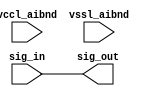
// SPDX-License-Identifier: Apache-2.0
// Copyright (C) 2019 Intel Corporation. All rights reserved
// Library - aibnd_lib, Cell - aibnd_signal_buf, View - schematic
// LAST TIME SAVED: Apr 19 23:59:52 2015
// NETLIST TIME: May 12 17:53:11 2015
// `timescale 1ns / 1ns 

module aibnd_signal_buf ( sig_out, sig_in, vccl_aibnd, vssl_aibnd );

output  sig_out;

input  sig_in, vccl_aibnd, vssl_aibnd;

wire sig_in, sig_out; // Conversion Sript Generated


// specify 
//     specparam CDS_LIBNAME  = "aibnd_lib";
//     specparam CDS_CELLNAME = "aibnd_signal_buf";
//     specparam CDS_VIEWNAME = "schematic";
// endspecify

assign sig_out = sig_in;

endmodule